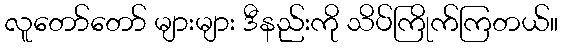
လူတော်တော် များများ ဒီနည်းကို သိပ်ကြိုက်ကြတယ်။